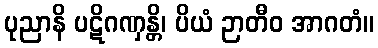
ပုညာနိ ပဋိဂဏှန္တိ၊ ပိယံ ဉာတီဝ အာဂတံ။